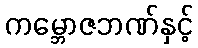
ကမ္ဘောဇဘဏ်နှင့်